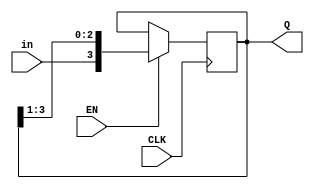
module shiftreg(EN, in, CLK, Q);
parameter n = 4;
input EN;
input in;
input CLK;
output [n-1:0] Q;
reg [n-1:0] Q;
initial
Q=4'd10;
always @(posedge CLK)
begin
if (EN)
Q={in,Q[n-1:1]};
end
endmodule